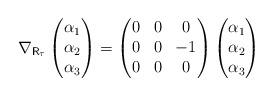
LaTeX: \begin{align*} \nabla_{\mathsf{R}_{\tau}} \left( \begin{matrix}\alpha_1 \\\alpha_2 \\\alpha_3\end{matrix}\right) = \left( \begin{matrix}0 & 0 & 0 \\0 & 0 & -1 \\0 & 0 & 0\end{matrix}\right)\left( \begin{matrix}\alpha_1 \\\alpha_2 \\\alpha_3\end{matrix}\right) \end{align*}